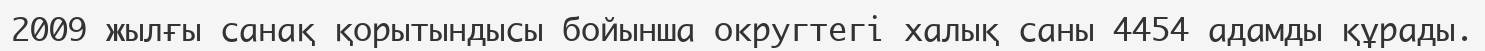
2009 жылғы санақ қорытындысы бойынша округтегі халық саны 4454 адамды құрады.